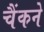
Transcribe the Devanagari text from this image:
चैंकने